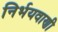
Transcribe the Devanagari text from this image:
निर्भयवाणी